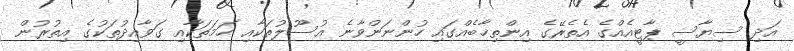
އަދި ސިޔާސީ ޕާޓީއެއްގެ އެތެރޭގެ އިންތިޚާބެއްގައި ހުންނަންވާނެ އުސޫލުތަކާއި ހަމަތަކާއި ގަވާއިދުތަކުގެ އިތުރުން